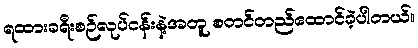
ရထားခရီးစဉ်လုပ်ငန်းနဲ့အတူ စတင်တည်ထောင်ခဲ့ပါတယ်။